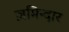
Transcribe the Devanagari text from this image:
ज़मिन्दार